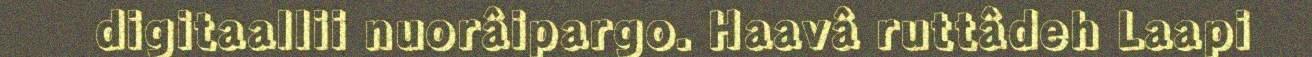
digitaallii nuorâipargo. Haavâ ruttâdeh Laapi